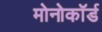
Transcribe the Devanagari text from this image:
मोनोकॉर्ड